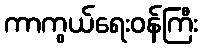
ကာကွယ်ရေးဝန်ကြီး